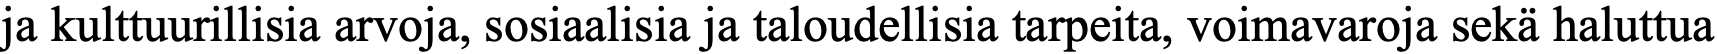
ja kulttuurillisia arvoja, sosiaalisia ja taloudellisia tarpeita, voimavaroja sekä haluttua